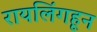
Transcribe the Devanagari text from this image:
रायलिंगहून